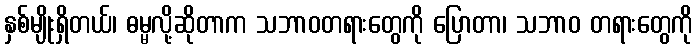
နှစ်မျိုးရှိတယ်၊ ဓမ္မလို့ဆိုတာက သဘာဝတရားတွေကို ပြောတာ၊ သဘာဝ တရားတွေကို